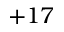
+ 1 7